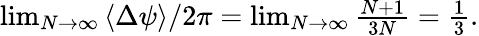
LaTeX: \begin{array}{r}{\operatorname*{lim}_{N\to\infty}{\langle\Delta\psi\rangle}/2\pi=\operatorname*{lim}_{N\to\infty}\frac{N+1}{3N}=\frac{1}{3}.}\end{array}